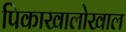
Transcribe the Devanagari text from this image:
पिकाखालोखाल